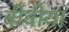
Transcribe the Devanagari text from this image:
बीवीयां